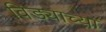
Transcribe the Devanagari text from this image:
विड्याच्‍या